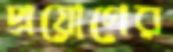
প্রয়োগের